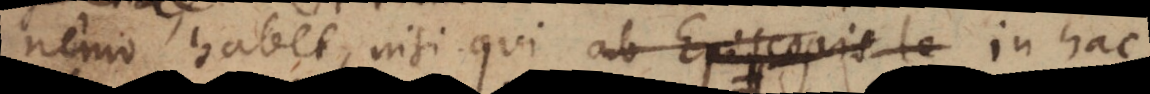
nemo habet, nisi qui ab Episcopis le in hac